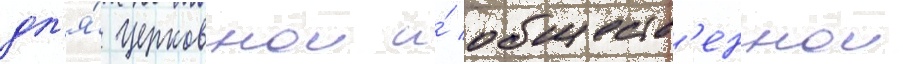
дл'я́ церковнои и́ обществ'еннои